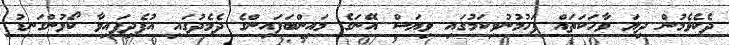
ދެކެވެމުން ދިޔަ ވާހަކަތައް ފަހުމުނުވިކަމުގައި ވިޔަސް އޭނަގެ މައިންބަފައިންގެ ދެމެދުގައި އުފެދިފައިވާ ކޯޅުންގަނޑު